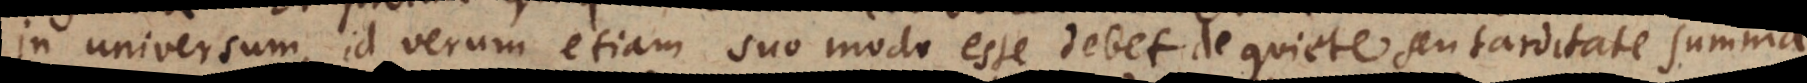
in universum, id verum etiam suo modo esse debet de quiete, et